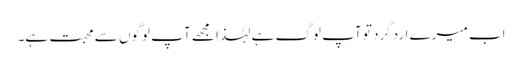
اب میرے اردگرد تو آپ لوگ ہے لہٰذا مجھے آپ لوگوں سے محبت ہے۔